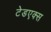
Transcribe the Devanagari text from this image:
टेडएक्स